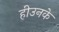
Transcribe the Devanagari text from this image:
हीउनके